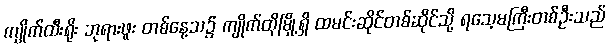
ကျိုက်ထီးရိုး ဘုရားဖူး တစ်နေ့သ၌ ကျိုက်ထိုမြို့ရှိ ထမင်းဆိုင်တစ်ဆိုင်သို့ ရသေ့မကြီးတစ်ဦးသည်